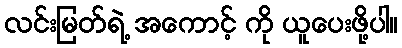
လင်းမြတ်ရဲ့ အကောင့် ကို ယူပေးဖို့ပါ။